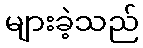
များခဲ့သည်